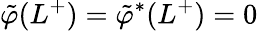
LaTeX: \tilde{\varphi}(L^{+})=\tilde{\varphi}^{\ast}(L^{+})=0